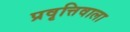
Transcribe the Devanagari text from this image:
प्रवृत्तिवाला